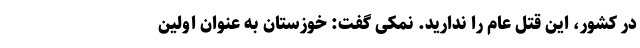
در کشور، این قتل عام را ندارید. نمکی گفت: خوزستان به عنوان اولین